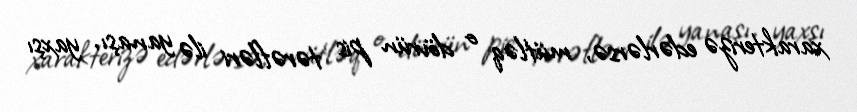
xarakterizə edərlərsə, mütləq o dövrün pis tərəfləri ilə yanaşı, yaxşı